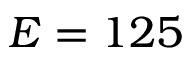
E = 1 2 5